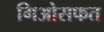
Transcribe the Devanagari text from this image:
गिओसफत